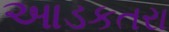
આડકતરા